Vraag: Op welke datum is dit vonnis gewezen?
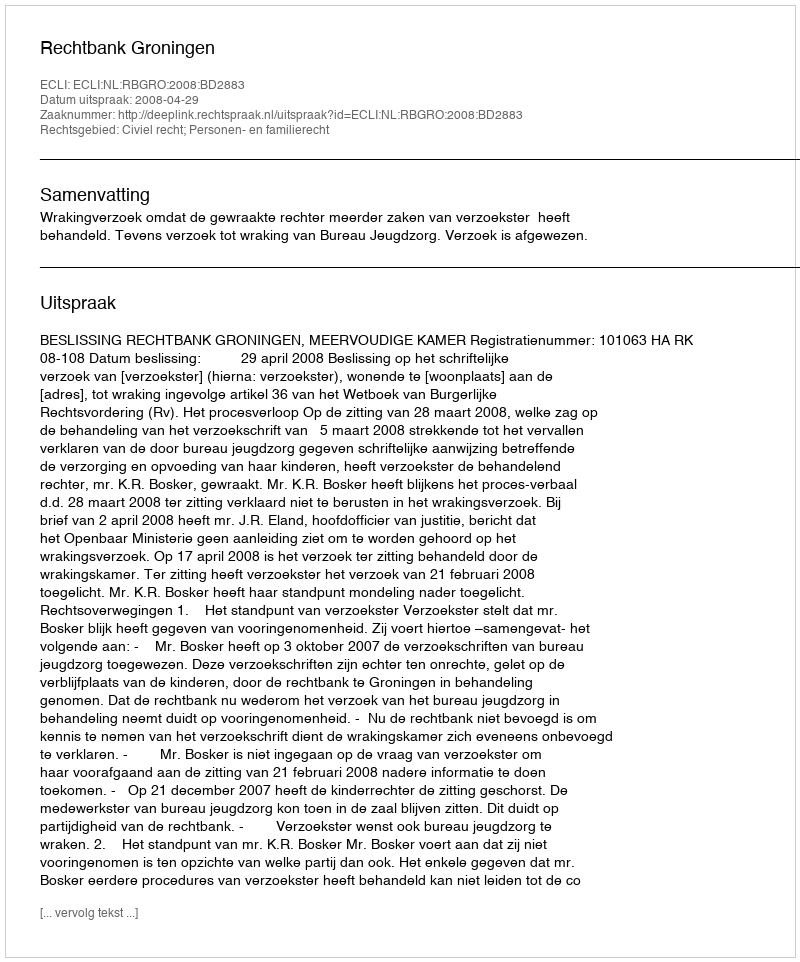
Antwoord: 2008-04-29